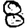
Digit: 8